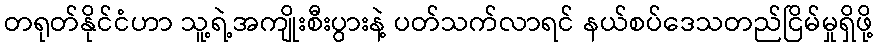
တရုတ်နိုင်ငံဟာ သူ့ရဲ့အကျိုးစီးပွားနဲ့ ပတ်သက်လာရင် နယ်စပ်ဒေသတည်ငြိမ်မှုရှိဖို့